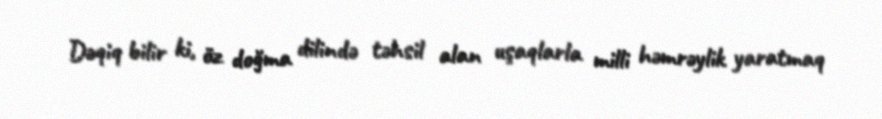
Dəqiq bilir ki, öz doğma dilində təhsil alan uşaqlarla milli həmrəylik yaratmaq